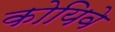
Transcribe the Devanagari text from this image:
कोयिवे